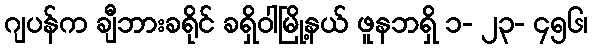
ဂျပန်က ချီဘားခရိုင် ခရှိဝါမြို့နယ် ဖူနဘရှိ ၁- ၂၃- ၄၅၆၊